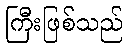
ကြီးဖြစ်သည်